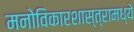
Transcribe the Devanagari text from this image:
मनोविकारशास्त्रामध्ये